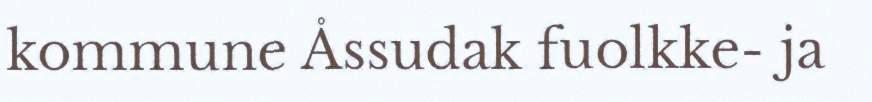
kommune Åssudak fuolkke- ja